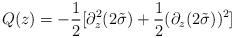
LaTeX: \begin{align*}Q(z) =-\frac{1}{2}[\partial^2_z(2\tilde\sigma)+\frac{1}{2}(\partial_z(2\tilde\sigma))^2]\end{align*}